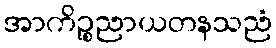
အာကိဉ္စညာယတနသညံ